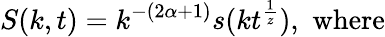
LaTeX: S(k,t)=k^{-(2\alpha+1)}s(kt^{\frac{1}{z}}),\mathrm{\, \, where}